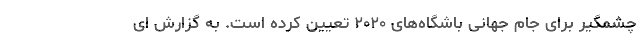
چشمگیر برای جام جهانی باشگاه‌های ۲۰۲۰ تعیین کرده است. به گزارش ای